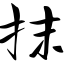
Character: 抹